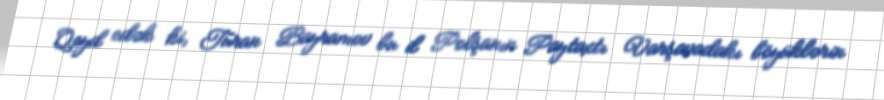
Qeyd edək ki, Turan Bayramov bu il Polşanın Paytaxtı Varşavadakı böyüklərin